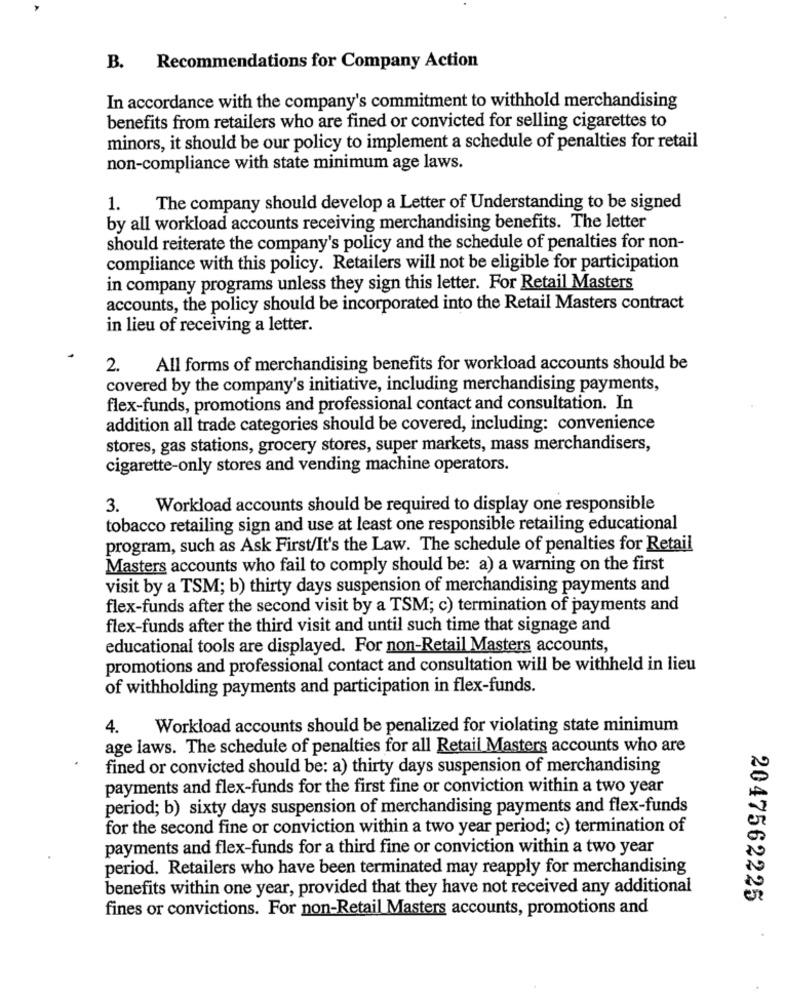
B.
Recommendations for Company Action
In accordance with the company's commitment to withhold merchandising
benefits from retailers who are fined or convicted for selling cigarettes to
minors, it should be our policy to implement a schedule of penalties for retail
non-compliance with state minimum age laws.
1. The company should develop a Letter of Understanding to be signed
by all workload accounts receiving merchandising benefits. The letter
should reiterate the company's policy and the schedule of penalties for non-
compliance with this policy. Retailers will not be eligible for participation
in company programs unless they sign this letter. For Retail Masters
accounts, the policy should be incorporated into the Retail Masters contract
in lieu of receiving a letter.
2. All forms of merchandising benefits for workload accounts should be
covered by the company's initiative, including merchandising payments,
flex-funds, promotions and professional contact and consultation. In
addition all trade categories should be covered, including: convenience
stores, gas stations, grocery stores, super markets, mass merchandisers,
cigarette-only stores and vending machine operators.
3.
Workload accounts should be required to display one responsible
tobacco retailing sign and use at least one responsible retailing educational
program, such as Ask First/It's the Law. The schedule of penalties for Retail
Masters accounts who fail to comply should be: a) a warning on the first
visit by a TSM; b) thirty days suspension of merchandising payments and
flex-funds after the second visit by a TSM; c) termination of payments and
flex-funds after the third visit and until such time that signage and
educational tools are displayed. For non-Retail Masters accounts,
promotions and professional contact and consultation will be withheld in lieu
of withholding payments and participation in flex-funds.
4. Workload accounts should be penalized for violating state minimum
age laws. The schedule of penalties for all Retail Masters accounts who are
fined or convicted should be: a) thirty days suspension of merchandising
payments and flex-funds for the first fine or conviction within a two year
period; b) sixty days suspension of merchandising payments and flex-funds
for the second fine or conviction within a two year period; c) termination of
payments and flex-funds for a third fine or conviction within a two year
period. Retailers who have been terminated may reapply for merchandising
benefits within one year, provided that they have not received any additional
2047562225
fines or convictions. For non-Retail Masters accounts, promotions and